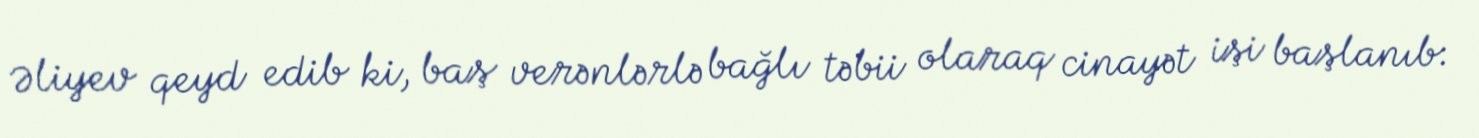
Əliyev qeyd edib ki, baş verənlərlə bağlı təbii olaraq cinayət işi başlanıb: